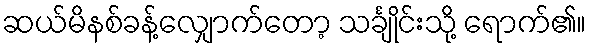
ဆယ်မိနစ်ခန့်လျှောက်တော့ သင်္ချိုင်းသို့ ရောက်၏။